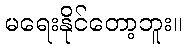
မရေးနိုင်တော့ဘူး။